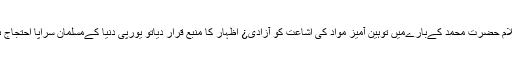
جب سےایک کےبعد ایک اخبار نےپیغمبر اسلام حضرت محمد کےبارےمیں توہین آمیز مواد کی اشاعت کو آزادی¿ اظہار کا منبع قرار دیاتو یورپی دنیا کےمسلمان سراپا احتجاج ہوئے اور دنیا بری طرح منقسم ہوتی نظر آئی۔